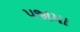
પજામા